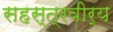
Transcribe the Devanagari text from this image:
सहस्त्रवीर्य